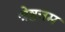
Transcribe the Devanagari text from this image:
श्रेष्ठत्तम